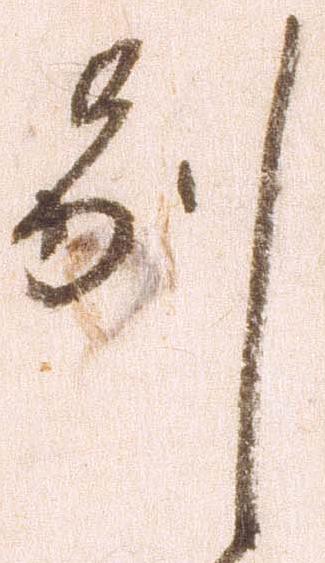
別